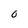
Character: 0